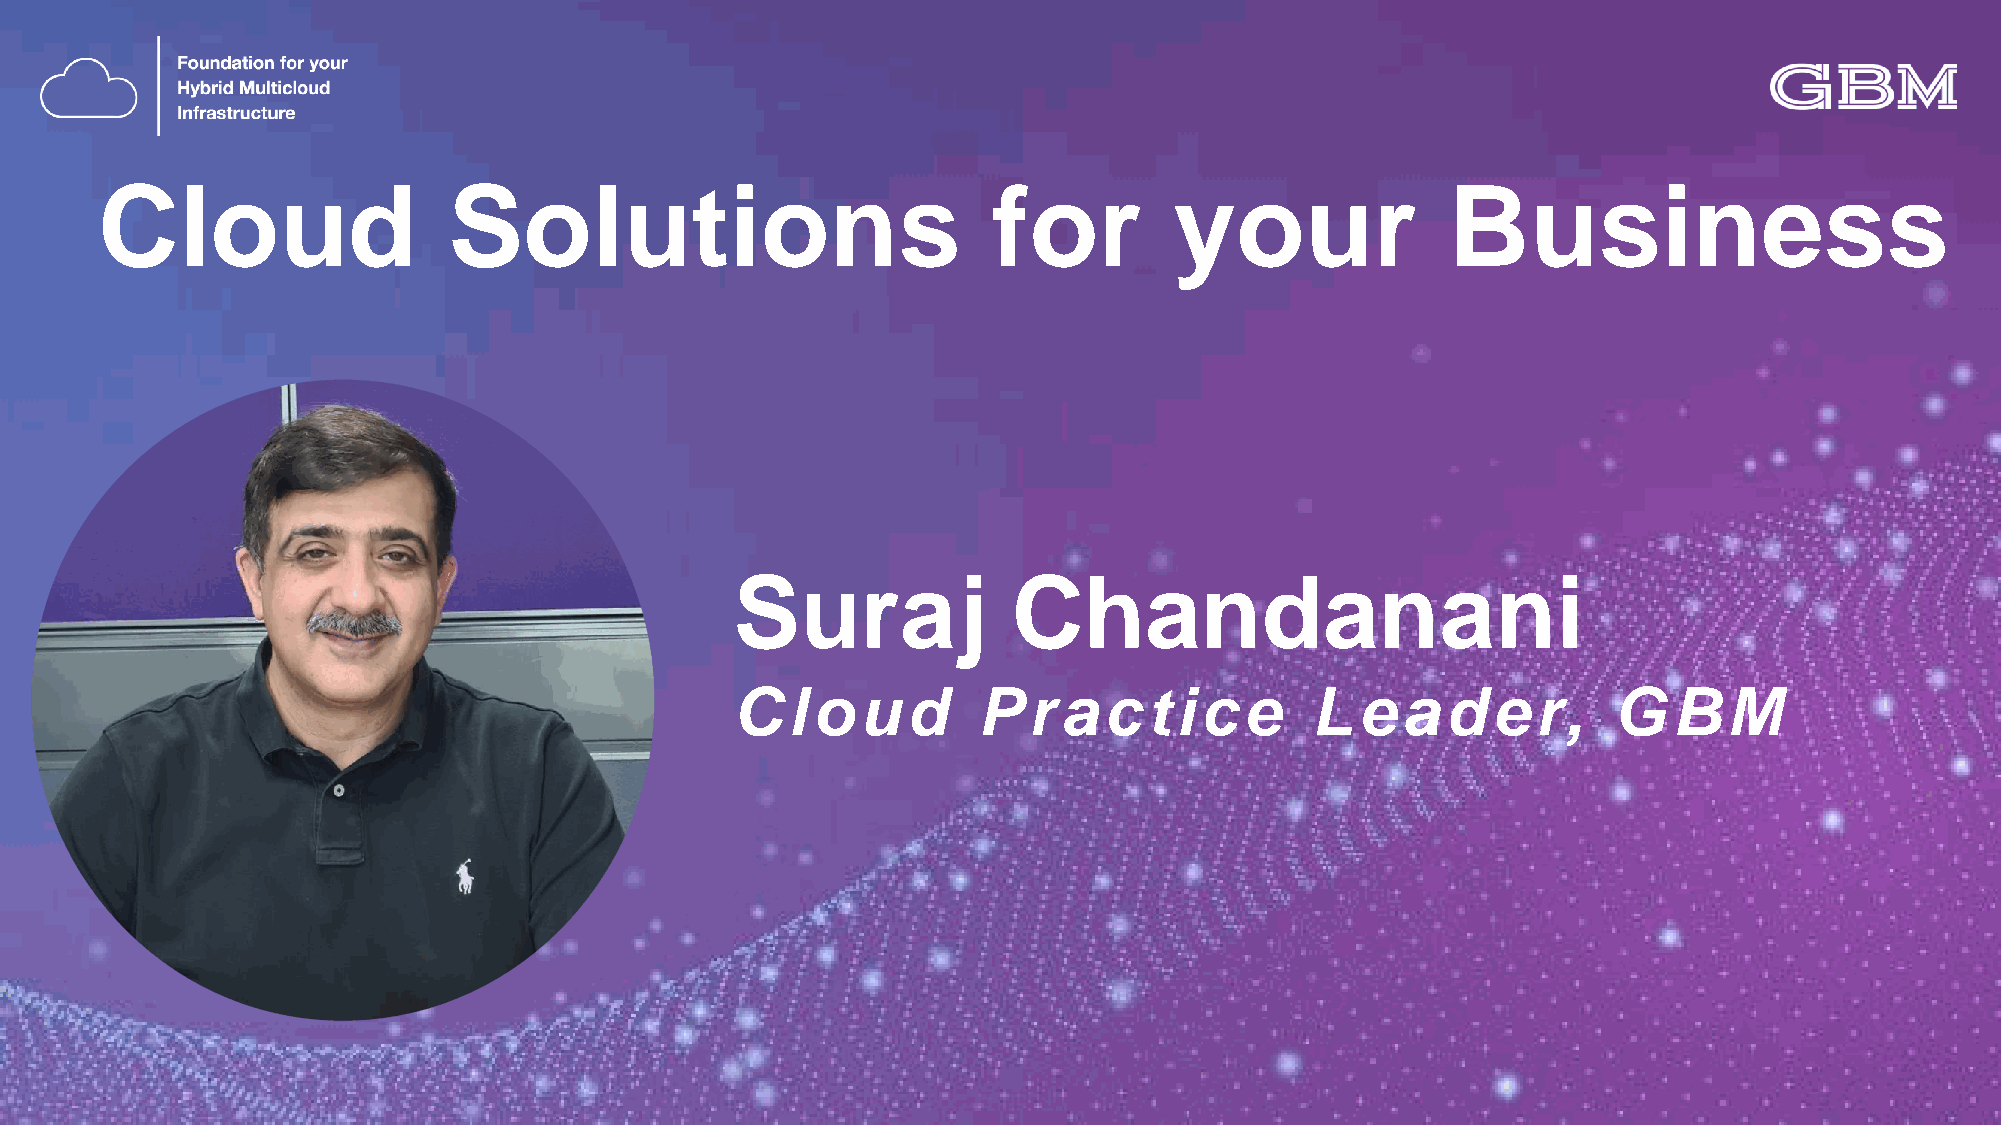
Cloud                   Solutions                           for         your              Business
 Suraj             Chandanani
 C  loud         Practice              Leader,             G   BM